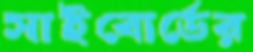
সাইবোর্ডের